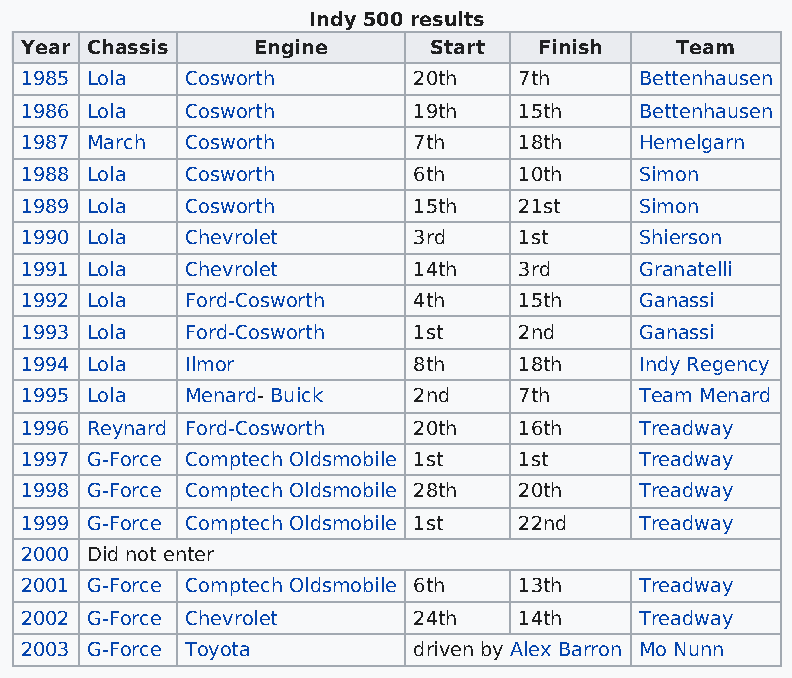
Indy 500 results
 Year Chassis    Engine     Start   Finish   Team
 1985 Lola  Cosworth       20th   7th     Bettenhausen
 1986 Lola  Cosworth       19th   15th    Bettenhausen
 1987 March Cosworth       7th    18th    Hemelgarn
 1988 Lola  Cosworth       6th    10th    Simon
 1989 Lola  Cosworth       15th   21st    Simon
 1990 Lola  Chevrolet      3rd    1st     Shierson
 1991 Lola  Chevrolet      14th   3rd     Granatelli
 1992 Lola  Ford-Cosworth  4th    15th    Ganassi
 1993 Lola  Ford-Cosworth  1st    2nd     Ganassi
 1994 Lola  Ilmor          8th    18th    Indy Regency
 1995 Lola  Menard- Buick  2nd    7th     Team Menard
 1996 Reynard Ford-Cosworth 20th  16th    Treadway
 1997 G-Force Comptech Oldsmobile 1st 1st Treadway
 1998 G-Force Comptech Oldsmobile 28th 20th Treadway
 1999 G-Force Comptech Oldsmobile 1st 22nd Treadway
 2000 Did not enter
 2001 G-Force Comptech Oldsmobile 6th 13th Treadway
 2002 G-Force Chevrolet    24th   14th    Treadway
 2003 G-Force Toyota       driven by Alex Barron Mo Nunn